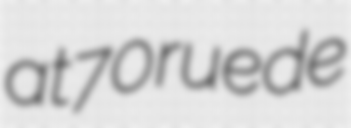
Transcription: at 70 rue de